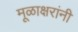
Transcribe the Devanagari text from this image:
मूळाक्षरांनी